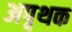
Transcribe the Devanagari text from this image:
अपृथक